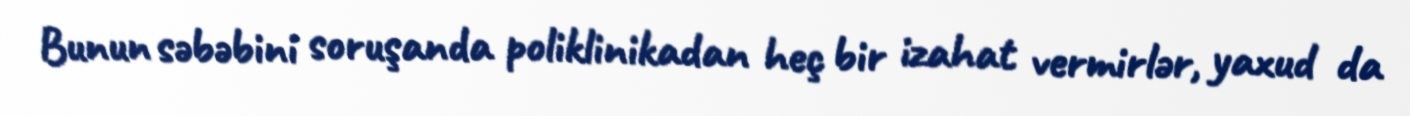
Bunun səbəbini soruşanda poliklinikadan heç bir izahat vermirlər, yaxud da